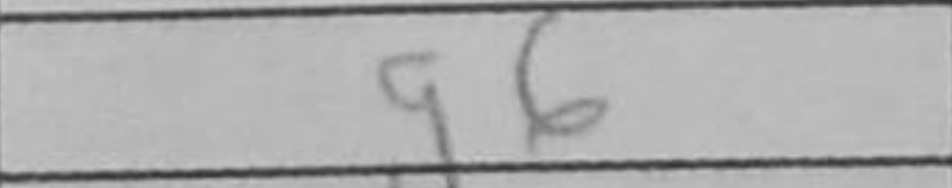
Transcription: g6